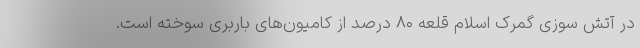
در آتش سوزی گمرک اسلام قلعه ۸۰ درصد از کامیون‌های باربری سوخته است.